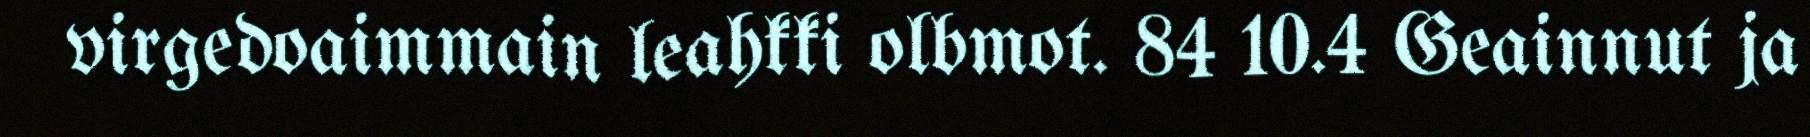
virgedoaimmain leahkki olbmot. 84 10.4 Geainnut ja